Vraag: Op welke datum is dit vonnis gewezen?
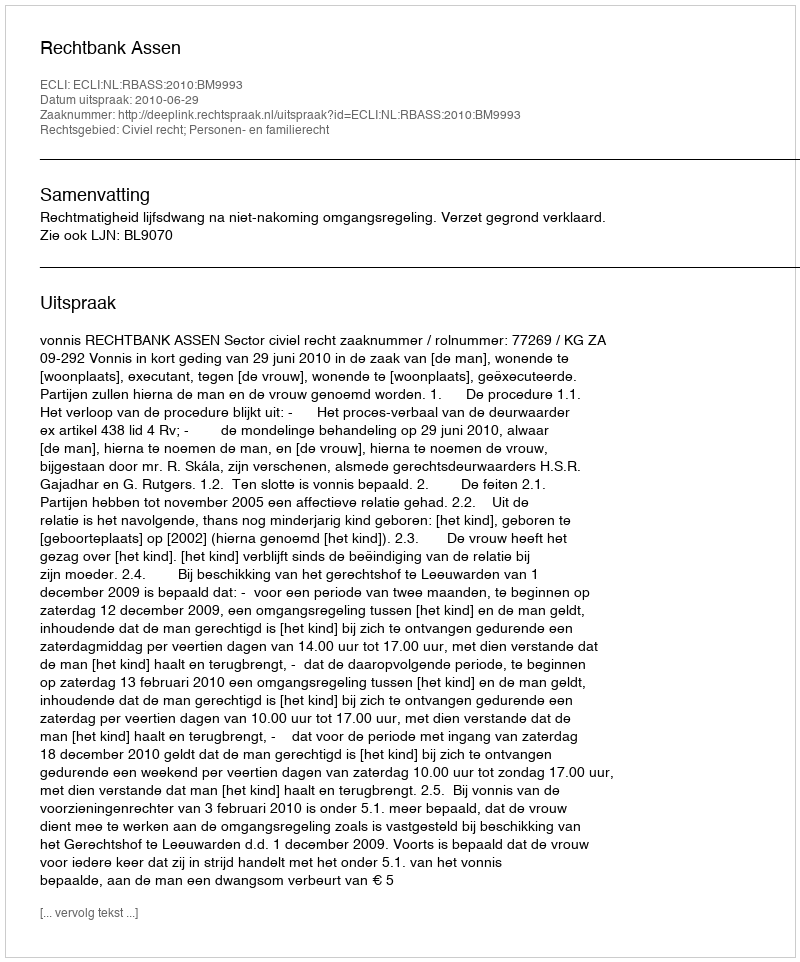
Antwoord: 2010-06-29